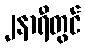
၂နာရီတွင်